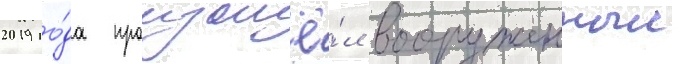
2019 го́да произошё́л вооруженныи